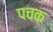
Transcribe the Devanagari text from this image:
पचक